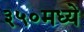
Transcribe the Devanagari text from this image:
३५०मध्ये